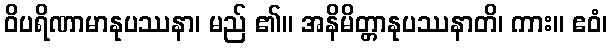
ဝိပရိဏာမာနုပဿနာ၊ မည် ၏။ အနိမိတ္တာနုပဿနာတိ၊ ကား။ ဧဝံ၊